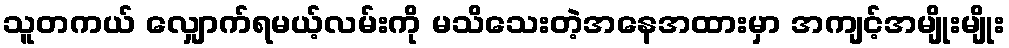
သူတကယ် လျှောက်ရမယ့်လမ်းကို မသိသေးတဲ့အနေအထားမှာ အကျင့်အမျိုးမျိုး